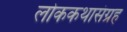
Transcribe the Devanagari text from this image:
लोककथासंग्रह